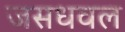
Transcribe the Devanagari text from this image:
जसधवल